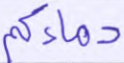
دماءكم